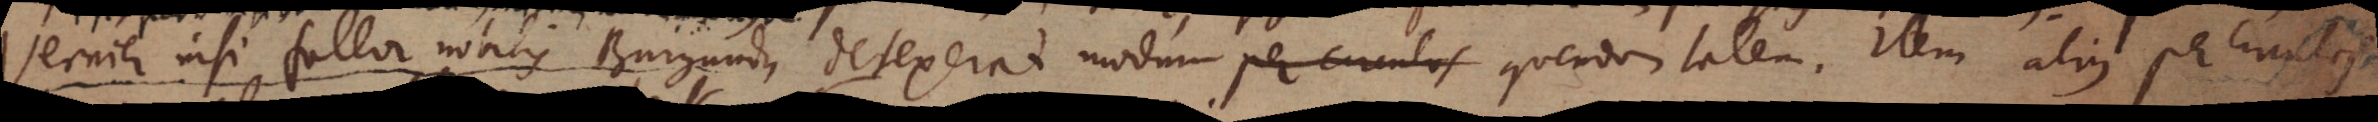
Vernier nisi fallor nobilis Burgundus detexerat modum per circulos quendam talem. Item alius per circulos